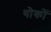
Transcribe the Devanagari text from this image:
थोकों